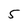
Character: 5